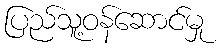
ပြည်သူ့ဝန်ဆောင်မှု